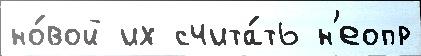
но́вой их счита́ть н'еопр